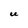
Character: U